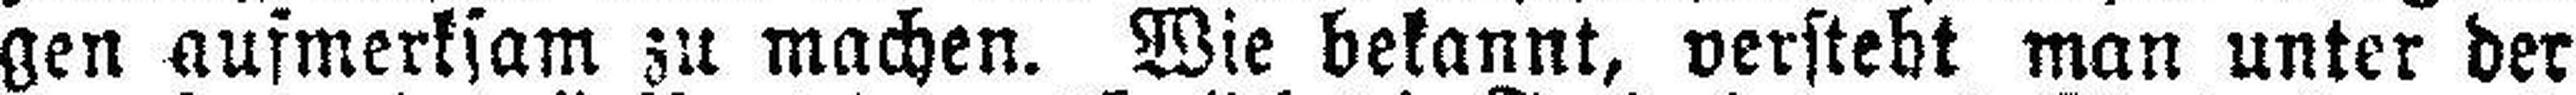
gen aufmerksam zu machen. Wie bekannt, versteht man unter der